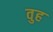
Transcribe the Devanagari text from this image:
वुह